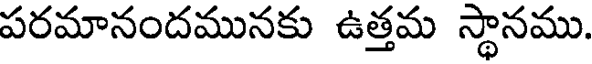
పరమానందమునకు ఉత్తమ స్థానము.